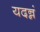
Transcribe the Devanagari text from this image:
यदन्नं